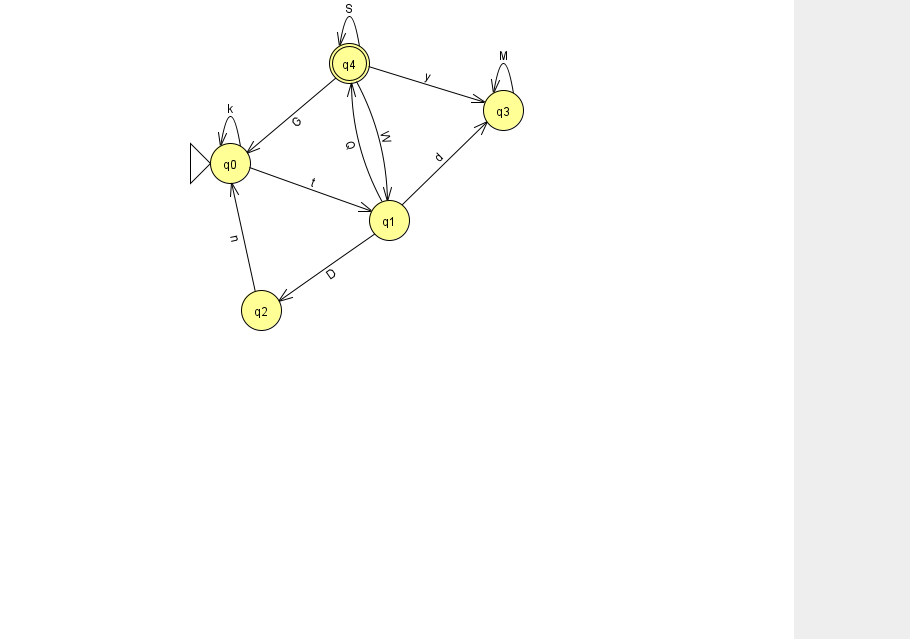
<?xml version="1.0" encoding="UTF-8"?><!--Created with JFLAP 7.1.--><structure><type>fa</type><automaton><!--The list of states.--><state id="0" name="q0"><x>230.0</x><y>150.0</y><initial/></state><state id="1" name="q1"><x>389.0</x><y>207.0</y></state><state id="2" name="q2"><x>261.0</x><y>297.0</y></state><state id="3" name="q3"><x>503.0</x><y>97.0</y></state><state id="4" name="q4"><x>349.0</x><y>50.0</y><final/></state><!--The list of transitions.--><transition><from>4</from><to>0</to><read>G</read></transition><transition><from>4</from><to>4</to><read>S</read></transition><transition><from>1</from><to>3</to><read>d</read></transition><transition><from>0</from><to>1</to><read>t</read></transition><transition><from>1</from><to>2</to><read>D</read></transition><transition><from>0</from><to>0</to><read>k</read></transition><transition><from>1</from><to>4</to><read>Q</read></transition><transition><from>3</from><to>3</to><read>M</read></transition><transition><from>4</from><to>1</to><read>W</read></transition><transition><from>2</from><to>0</to><read>n</read></transition><transition><from>4</from><to>3</to><read>y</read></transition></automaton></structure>